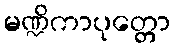
မဏ္ဍိကာပုတ္တော